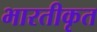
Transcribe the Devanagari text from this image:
भारतीकृत